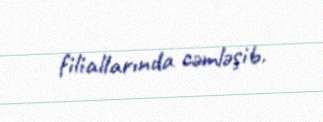
filiallarında cəmləşib.